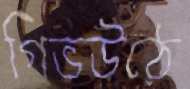
গিভউঠে